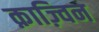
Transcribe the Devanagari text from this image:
क़ाज़्विन